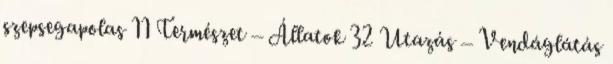
szepsegapolas 11 Természet – Állatok 32 Utazás – Vendáglátás